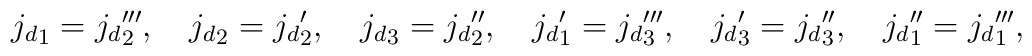
{j_d}_1={j_d}_2''',\quad {j_d}_2={j_d}_2',\quad {j_d}_3={j_d}_2'',\quad{j_d}_1'={j_d}_3''',\quad{j_d}_3'={j_d}_3'',\quad {j_d}_1''={j_d}_1''',